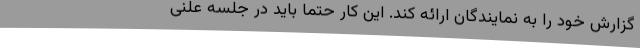
گزارش خود را به نمایندگان ارائه کند. این کار حتماً باید در جلسه علنی